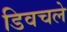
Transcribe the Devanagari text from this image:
डिवचले